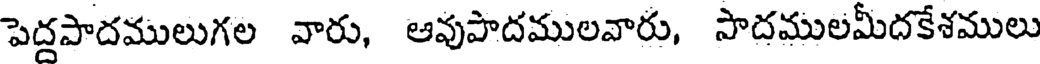
పెద్దపాదములుగల వారు, ఆవుపాదములవారు, సాదములమీదకేశములు